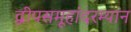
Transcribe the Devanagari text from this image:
द्वीपसमूहांदरम्यान